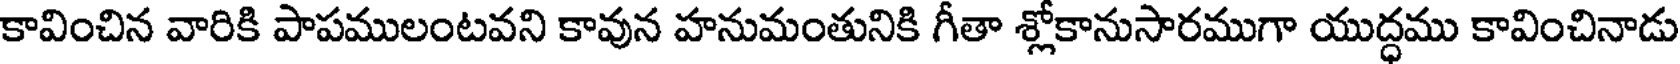
కావించిన వారికి పాపములంటవని కావున హనుమంతునికి గీతా శ్లోకానుసారముగా యుద్ధము కావించినాడు